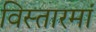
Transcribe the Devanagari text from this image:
विस्तारमां